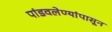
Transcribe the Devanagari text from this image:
पांडवलेण्यांपासून